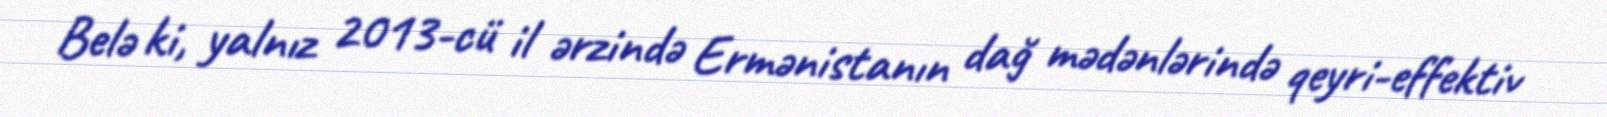
Belə ki, yalnız 2013-cü il ərzində Ermənistanın dağ mədənlərində qeyri-effektiv